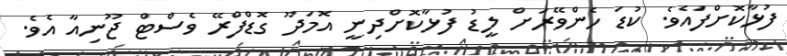
ފުޅާކޮށްފައެވެ. ކުޑަ ހެންވޭރަށް ލީޑު ފުޅާކޮށްދިނީ އޮމަދޫ ގޮޑްފްރޭ ވެސްޓް ޖޫނިއާ އެވެ.